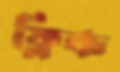
ফ্লিক